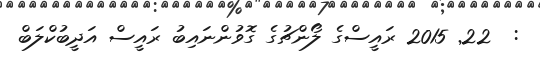
:  22